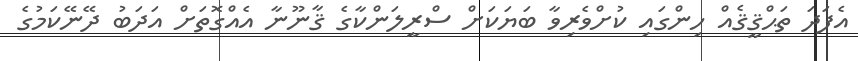
އެފަދަ ތަޙްޤީޤެއް ހިންގައި ކުށްވެރިވާ ބަޔަކަށް ސްރީލަންކާގެ ޤާނޫނާ އެއްގޮތަށް އަދަބު ދޭނޭކަމުގެ